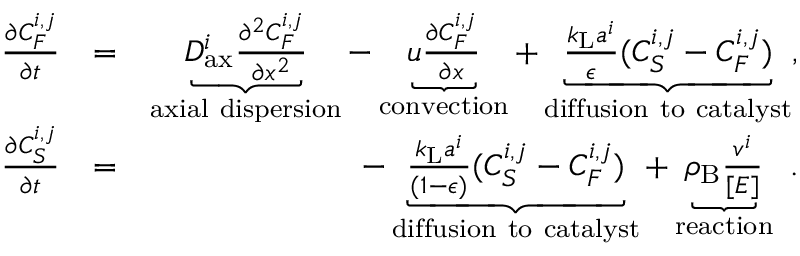
\begin{array} { r l r } { \frac { \partial C _ { F } ^ { i , j } } { \partial t } } & { = } & { \underbrace { D _ { \mathrm { a x } } ^ { i } \frac { \partial ^ { 2 } C _ { F } ^ { i , j } } { \partial x ^ { 2 } } } _ { \mathrm { a x i a l ~ d i s p e r s i o n } } - \underbrace { u \frac { \partial C _ { F } ^ { i , j } } { \partial x } } _ { \mathrm { c o n v e c t i o n } } + \underbrace { \frac { k _ { \mathrm { L } } a ^ { i } } { \epsilon } ( C _ { S } ^ { i , j } - C _ { F } ^ { i , j } ) } _ { \mathrm { d i f f u s i o n ~ t o ~ c a t a l y s t } } , } \\ { \frac { \partial C _ { S } ^ { i , j } } { \partial t } } & { = } & { \mathrm { - } \underbrace { \frac { k _ { \mathrm { L } } a ^ { i } } { ( 1 \mathrm { - } \epsilon ) } ( C _ { S } ^ { i , j } - C _ { F } ^ { i , j } ) } _ { \mathrm { d i f f u s i o n ~ t o ~ c a t a l y s t } } + \underbrace { \rho _ { \mathrm { B } } \frac { v ^ { i } } { [ E ] } } _ { \mathrm { r e a c t i o n } } \ . } \end{array}